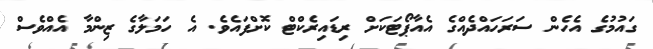
ގައުމުގެ އެހެން ސަރަހައްދެއްގެ އެއާޕޯޓަކަށް ރިޑައިރެކްޓް ކޮށްފައެވެ. އެ ހަމަލާގެ ޒިންމާ އެއްވެސް